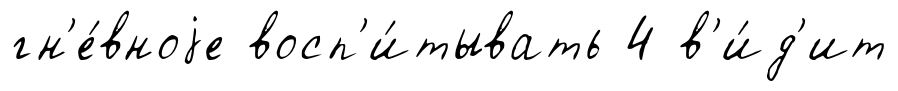
гн'е́вноjе восп'и́тывать 4 в'и́д'ит